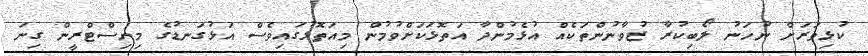
ކުޅިވަރަށް ނުހަނު ލޯބިކުރާ ޒުވާނުންތަކެއް އުޅެމުންދާ އަތޮޅަކަށްވުމުން މިއަތޮޅުގައިވެސް އަޅުގަނޑުގެ މިނިސްޓްރީން ގިނަ